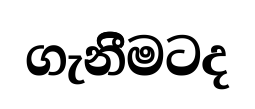
ගැනීිමටද